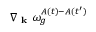
\nabla _ { \textbf { k } } \omega _ { g } ^ { A ( t ) - A ( t ^ { \prime } ) }